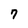
Character: 7